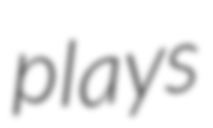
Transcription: plays